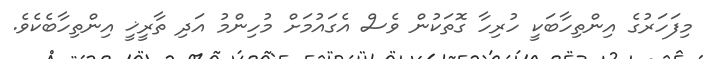
މިފަހަރުގެ އިންތިހާބަކީ ހުރިހާ ގޮތަކުން ވެސް އެގައުމަށް މުހިންމު އަދި ތާރީޚީ އިންތިހާބެކެވެ.